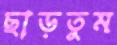
ছাড়তুম